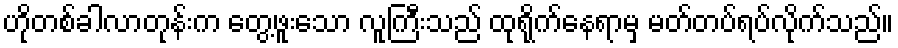
ဟိုတစ်ခါလာတုန်းက တွေ့ဖူးသော လူကြီးသည် ထုရိုက်နေရာမှ မတ်တပ်ရပ်လိုက်သည်။